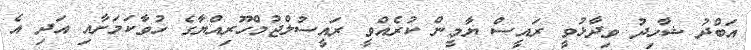
އަބްދު ޝާހިދު ވިދާޅުވީ ރައީސް ޔާމީން ކުރެއްވީ ރައީސުލްޖުމްހޫރިއްޔާގެ ހުވާކަމަށާއި އަދި އެ